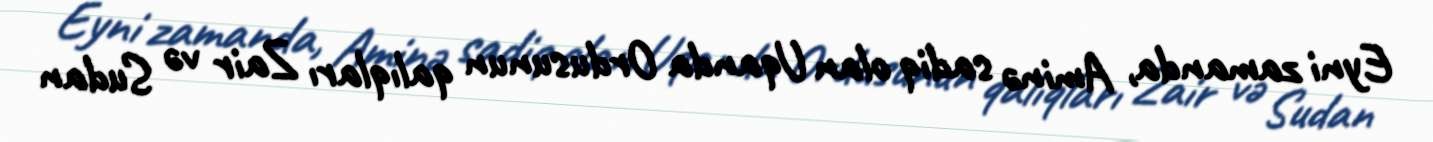
Eyni zamanda, Aminə sadiq olan Uqanda Ordusunun qalıqları Zair və Sudan